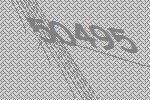
50495